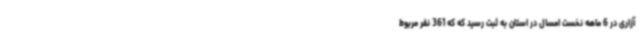
آزاری در 6 ماهه نخست امسال در استان به ثبت رسید که که 361 نفر مربوط